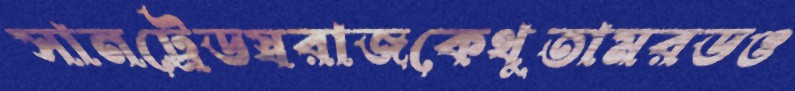
সানট্রেডস্বরাজকেথুতামরডও